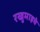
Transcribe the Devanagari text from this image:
रखुमाइचे